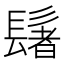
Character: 𫙀